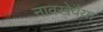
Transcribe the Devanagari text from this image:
नावखेवैया